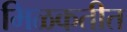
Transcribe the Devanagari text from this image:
मिळकतीत